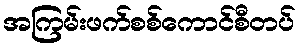
အကြမ်းဖက်စစ်ကောင်စီတပ်